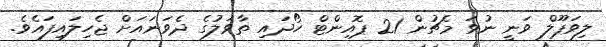
ލިވަޕޫލް ވަނީ ނުވަ މެޗުން 21 ޕޮއިންޓް ހޯދައި ތާވަލުގެ ދެވަނައަށް ޖެހިލައިފައެވެ.